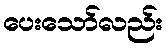
ပေးသော်လည်း